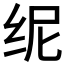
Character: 𱺙